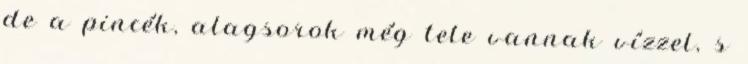
de a pincék, alagsorok még tele vannak vízzel, s